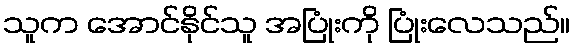
သူက အောင်နိုင်သူ အပြုံးကို ပြုံးလေသည်။